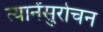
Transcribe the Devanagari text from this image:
त्यानेंसुरोचन